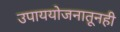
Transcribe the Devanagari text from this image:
उपाययोजनातूनही